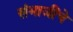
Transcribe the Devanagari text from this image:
संभाजींचे